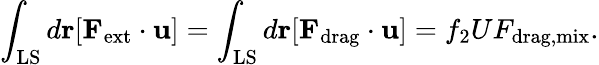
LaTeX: \int_{\mathrm{LS}}d{\mathbf r}[{\mathbf F}_{\mathrm{ext}}\cdot{\mathbf u}]=\int_{\mathrm{LS}}d{\mathbf r}[{\mathbf F}_{\mathrm{drag}}\cdot{\mathbf u}]=f_{2}UF_{\mathrm{drag,mix}}.